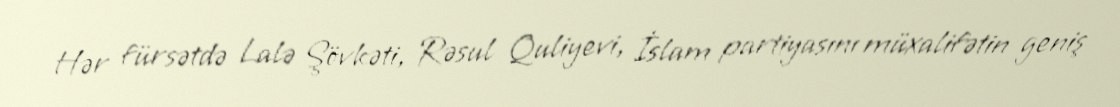
Hər fürsətdə Lalə Şövkəti, Rəsul Quliyevi, İslam partiyasını müxalifətin geniş